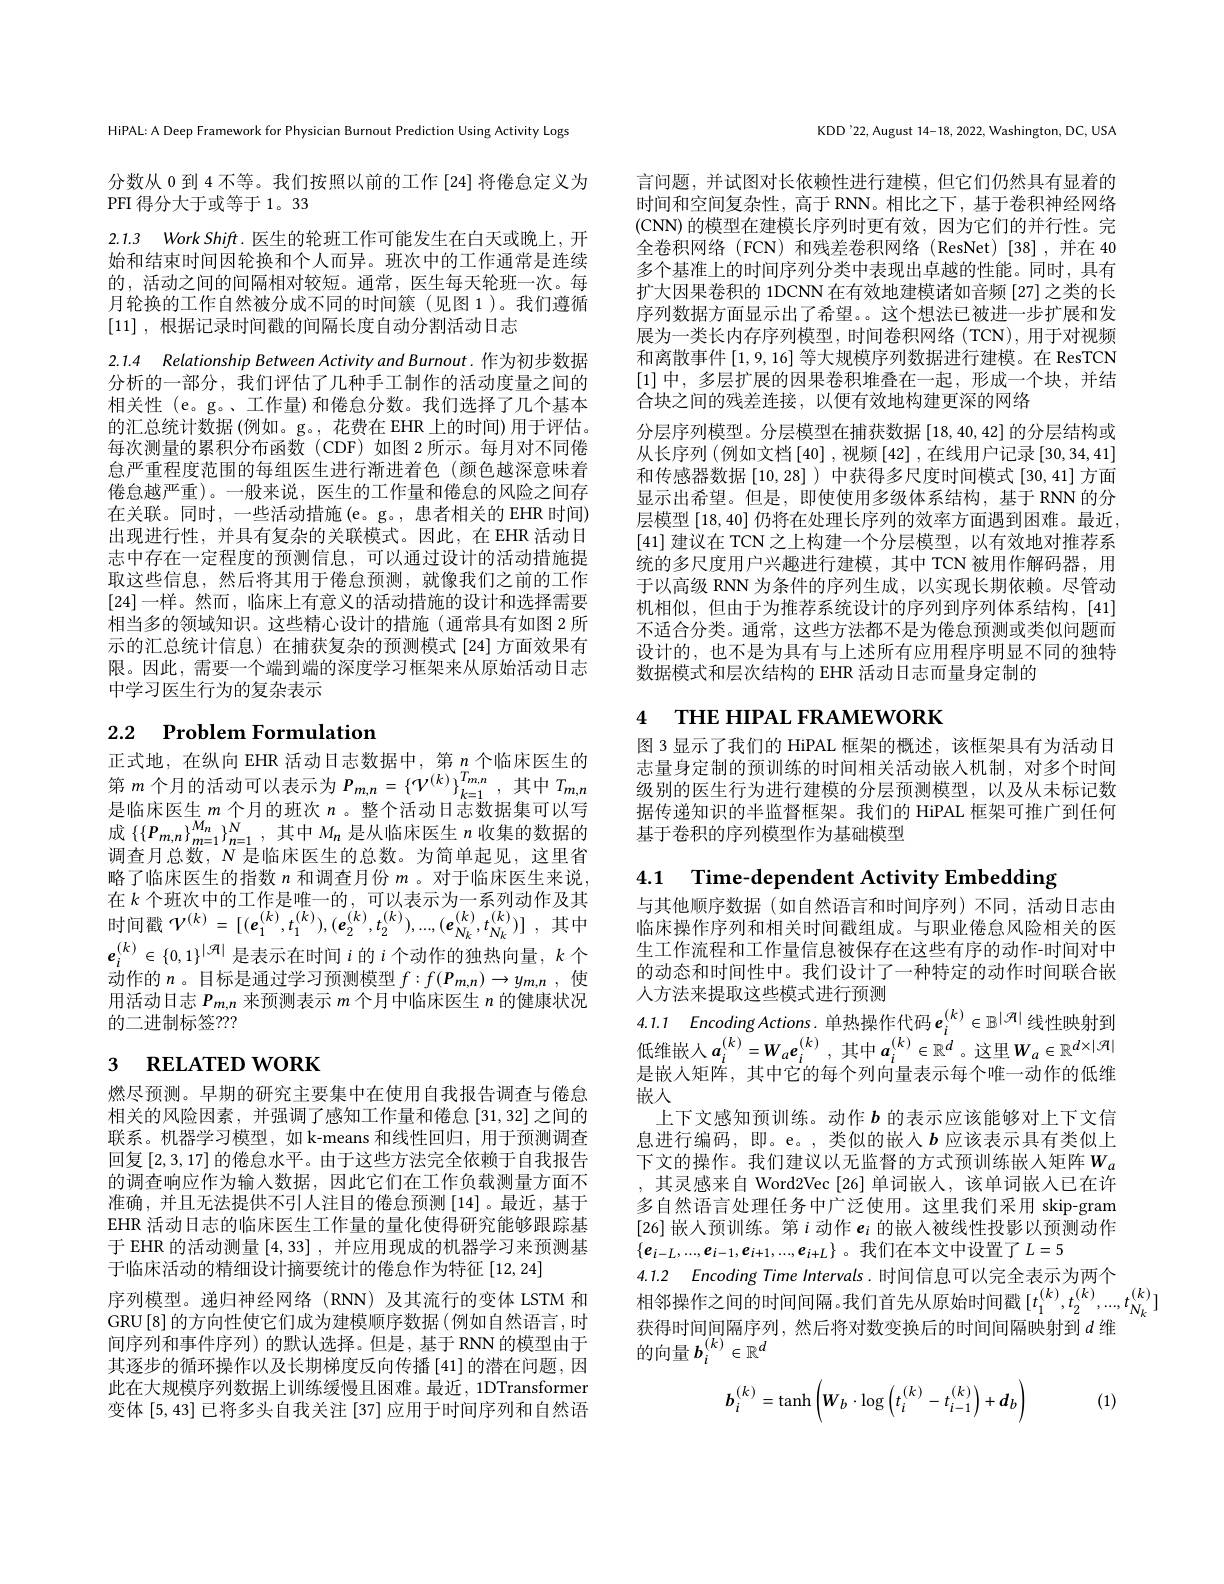
HiPAL: A Deep Framework for Physician Burnout Prediction Using Activity Logs

分数从 0 到 4 不等。我们按照以前的工作 [24] 将倦怠定义为
PFI 得分大于或等于 1。33

2.1.3 Work Shift. 医生的轮班工作可能发生在白天或晚上，开始和结束时间因轮换和个人而异。班次中的工作通常是连续的，活动之间的问隔相对较短。通常，医生每天轮班一次。每月轮换的工作自然被分成不同的时间簇(见图 1)。我们遵循[11] ,根据记录时间戳的间隔长度自动分割活动日志

2.1.4 Relationship Between Activity and Burnout. 作为初步数据分析的一部分，我们评估了几种手工制作的活动度量之间的相关性 (e。g。、工作量)和倦怠分数。我们选择了几个基本的汇总统计数据 (例如。g。, 花费在 EHR 上的时间) 用于评估。每次测量的累积分布函数(CDF)如图 2 所示。每月对不同倦怠严重程度范围的每组医生进行渐进着色 (颜色越深意味着倦怠越严重)。一般来说，医生的工作量和倦怠的风险之间存在关联。同时，一些活动措施(e。g。, 患者相关的 EHR 时间) 出现进行性，并具有复杂的关联模式。因此，在 EHR 活动日志中存在一定程度的预测信息，可以通过设计的活动措施提取这些信息，然后将其用于倦怠预测，就像我们之前的工作[24]一样。然而，临床上有意义的活动措施的设计和选择需要相当多的领域知识。这些精心设计的措施(通常具有如图 2 所示的汇总统计信息) 在捕获复杂的预测模式[24] 方面效果有限。因此，需要一个端到端的深度学习框架来从原始活动日志中学习医生行为的复杂表示

# 2.2 $\textbf{Problem Formulation}$

正式地，在纵向 EHR 活动日志数据中，第$n$个临床医生的第$m$个月的活动可以表示为$P_m,n=\{\mathcal{V}^{(k)}\}_{k=1}^{T_{m,n}}$,其中$T_{m,n}$ 是临床医生$m$个月的班次$n$ 。整个活动日志数据集可以写成$\left\{\left\{P_{m,n}\right\}_{m=1}^{M_{n}}\right\}_{n=1}^{N}$,其中$M_n$ 是从临床医生 $n$ 收集的数据的调查月总数，N 是临床医生的总数。为简单起见，这里省略了临床医生的指数$n$和调查月份$m$ 。对于临床医生来说， 在 $k$ 个 班 次 中 的 工 作 是 唯 一 的 , 可 以 表 示 为 一 系 列 动 作 及 其 时 间 戳 $\mathcal{V} ^{( k) }= \left [ ( \boldsymbol{e}_{1}^{( k) }, t_{1}^{( k) }) , ( \boldsymbol{e}_{2}^{( k) }, t_{2}^{( k) }) , \ldots , ( \boldsymbol{e}_{N_{k}}^{( k) }, t_{N_{k}}^{( k) }) \right ] $, 其 中 $(k)=(-1)(\boldsymbol{e}_{N}^{(k)},\boldsymbol{e}_{N}^{(k)},\boldsymbol{e}_{N_{k}}^{(k)},\boldsymbol{e}_{N_{k}}^{(k)})$ $e_i^{(k)}\in\{0,1\}^{|\mathcal{H}|}$是表示在时间$i$的$i$个动作的独热向量$,k$个动作的$n$。目标是通过学习预测模型$f:f(\boldsymbol{P}_m,n)\to y_{m,n}$ 使用活动日志$P_{m,n}$来预测表示$m$个月中临床医生$n$的健康状况的二进制标签？??

# 3 RELATED WORK

燃尽预测。早期的研究主要集中在使用自我报告调查与倦怠相关的风险因素，并强调了感知工作量和倦怠[31,32]之间的联系。机器学习模型，如 k-means 和线性回归，用于预测调查回复[2,3,17]的倦怠水平。由于这些方法完全依赖于自我报告的调查响应作为输入数据，因此它们在工作负载测量方面不准确，并且无法提供不引人注目的倦怠预测[14]。最近，基于EHR 活动日志的临床医生工作量的量化使得研究能够跟踪基于 EHR 的活动测量[4,33] , 并应用现成的机器学习来预测基于临床活动的精细设计摘要统计的倦怠作为特征[12,24]
序列模型。递归神经网络(RNN)及其流行的变体 LSTM 和GRU[8]的方向性使它们成为建模顺序数据(例如自然语言，时间序列和事件序列)的默认选择。但是，基于 RNN 的模型由于其逐步的循环操作以及长期梯度反向传播[41]的潜在问题，因此在大规模序列数据上训练缓慢且困难。最近，1DTransformer 变体[5,43]已将多头自我关注 [37] 应用于时间序列和自然语

KDD'22, August 14-18, 2022, Washington, DC, USA

言问题，并试图对长依赖性进行建模，但它们仍然具有显着的时间和空间复杂性，高于 RNN。相比之下，基于卷积神经网络(CNN)的模型在建模长序列时更有效，因为它们的并行性。完全卷积网络(FCN)和残差卷积网络(ResNet)[38],并在 40多个基准上的时间序列分类中表现出卓越的性能。同时，具有扩大因果卷积的 1DCNN 在有效地建模诸如音频 [27] 之类的长序列数据方面显示出了希望。。这个想法已被进一步扩展和发展为一类长内存序列模型，时间卷积网络(TCN),用于对视频和离散事件[1,9,16]等大规模序列数据进行建模。在 ResTCN [1]中，多层扩展的因果卷积堆叠在一起，形成一个块，并结合块之间的残差连接，以便有效地构建更深的网络
分层序列模型。分层模型在捕获数据$\left[18,40,42\right]$的分层结构或从长序列 (例如文档 [40] ,视频 [42] ,在线用户记录 [30,34,41] 和传感器数据[10,28] )中获得多尺度时间模式 [30,41] 方面显示出希望。但是，即使使用多级体系结构，基于 RNN 的分层模型[18,40]仍将在处理长序列的效率方面遇到困难。最近， [41]建议在 TCN之上构建一个分层模型，以有效地对推荐系统的多尺度用户兴趣进行建模，其中 TCN 被用作解码器，用于以高级 RNN 为条件的序列生成，以实现长期依赖。尽管动机相似，但由于为推荐系统设计的序列到序列体系结构，[41] 不适合分类。通常，这些方法都不是为倦怠预测或类似问题而设计的，也不是为具有与上述所有应用程序明显不同的独特数据模式和层次结构的 EHR 活动日志而量身定制的

# 4 THE HIPAL FRAMEWORK

图 3 显示了我们的 HiPAL 框架的概述，该框架具有为活动日志量身定制的预训练的时间相关活动嵌入机制，对多个时间级别的医生行为进行建模的分层预测模型，以及从未标记数据传递知识的半监督框架。我们的 HiPAL 框架可推广到任何基于卷积的序列模型作为基础模型

4.1 $\textbf{Time- dependent Activity Embedding}$

与其他顺序数据(如自然语言和时间序列)不同，活动日志由临床操作序列和相关时间戳组成。与职业倦怠风险相关的医生工作流程和工作量信息被保存在这些有序的动作-时间对中的动态和时间性中。我们设计了一种特定的动作时间联合嵌人方法来提取这些模式进行预测
4.1.1 $EncodingActions.$ 单热操作代码$e_i^{(k)}\in\mathbb{B}^{|\mathcal{H}|}$线性映射到低维嵌人$a_i^{(k)}=W_a\boldsymbol{e}_i^{(k)}$,其中$a_i^{(k)}\in\mathbb{R}^d$。这里$W_a\in\mathbb{R}^d\times|\mathcal{H}|$ 是嵌人矩阵，其中它的每个列向量表示每个唯一动作的低维嵌人
上下文感知预训练。动作$b$的表示应该能够对上下文信息进行编码，即。e。,类似的嵌入$b$ 应该表示具有类似上下文的操作。我们建议以无监督的方式预训练嵌人矩阵$W_a$ ,其灵感来自 Word2Vec [26]单词嵌人，该单词嵌入已在许多自然语言处理任务中广泛使用。这里我们采用 skip-gram [26]嵌人预训练。第$i$动作$e_i$的嵌入被线性投影以预测动作$\{\boldsymbol{e}_{i-L},...,\boldsymbol{e}_{i-1},\boldsymbol{e}_{i+1},...,\boldsymbol{e}_{i+L}\}$。我们在本文中设置了$L=5$
4.1.2 Encoding Time Intervals. 时间信息可以完全表示为两个
相邻操作之间的时间间隔。我们首先从原始时间戳$[t_1^{(k)},t_2^{(k)},...,t_{N_k}^{(k)}]$
获得时间间隔序列，然后将对数变换后的时间间隔映射到$d$维
的向量$b_i^{(k)}\in\mathbb{R}^d$
$$\boldsymbol{b}_i^{(k)}=\tanh\left(\boldsymbol{W}_b\cdot\log\left(t_i^{(k)}-t_{i-1}^{(k)}\right)+\boldsymbol{d}_b\right)$$
(1)